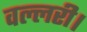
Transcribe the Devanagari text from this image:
वल्लरी।